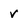
Character: v